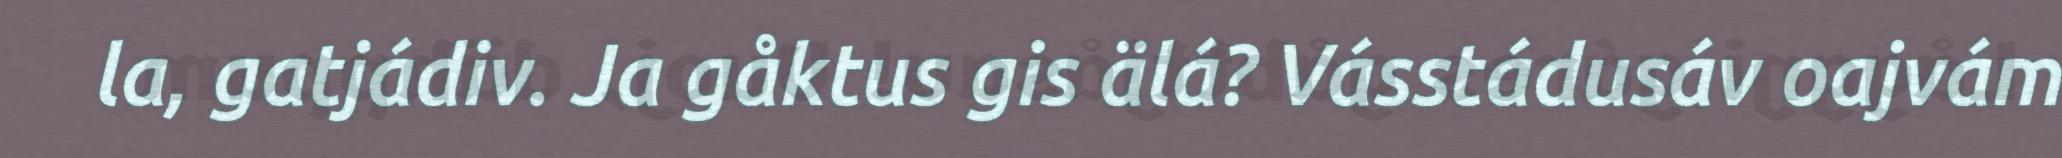
la, gatjádiv. Ja gåktus gis älá? Vásstádusáv oajvám